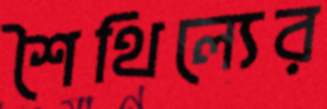
শৈথিল্যের